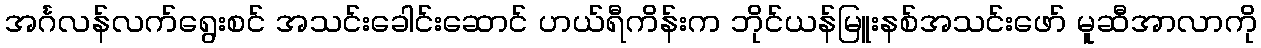
အင်္ဂလန်လက်ရွေးစင် အသင်းခေါင်းဆောင် ဟယ်ရီကိန်းက ဘိုင်ယန်မြူးနစ်အသင်းဖော် မူဆီအာလာကို